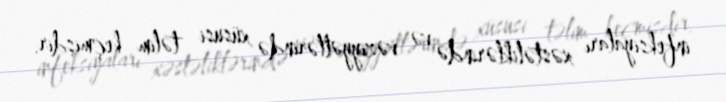
infeksiyaları xəstəliklərində və vəziyyətlərində xüsusi təlim keçmişdir.